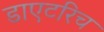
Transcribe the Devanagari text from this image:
डाएटरिच